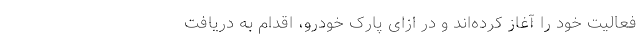
فعالیت خود را آغاز کرده‌اند و در ازای پارک خودرو، اقدام به دریافت